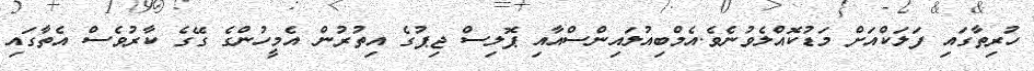
ހުރިތާގައި ފަލަކްއަށް މަޑުކޮއްލެވުނެވެ.އެމްބިއުލައިންސްއާއި ޕޮލިސް ޖިޕުގެ އިތުރުން އެމީހުންގެ ގޭގެ ކާރުވެސް އެތާގައި